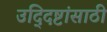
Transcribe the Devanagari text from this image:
उद्‍दिष्टांसाठी